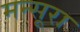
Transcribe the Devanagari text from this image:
मन्सूरा